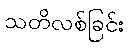
သတိလစ်ခြင်း